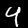
Label: 4